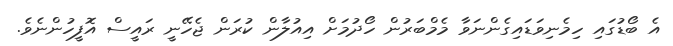
އެ ބޯޑުގައި ހިމެނިވަޑައިގެންނަވާ މެމްބަރުން ހޯދުމަށް އިއުލާން ކުރަން ޖެހޭނީ ރައީސް އޮފީހުންނެވެ.